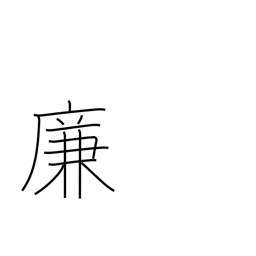
Meaning: account